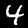
Digit: 4